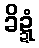
ခိဍ္ဍံ